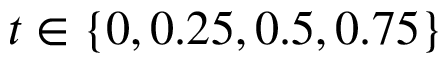
t \in \{ 0 , 0 . 2 5 , 0 . 5 , 0 . 7 5 \}